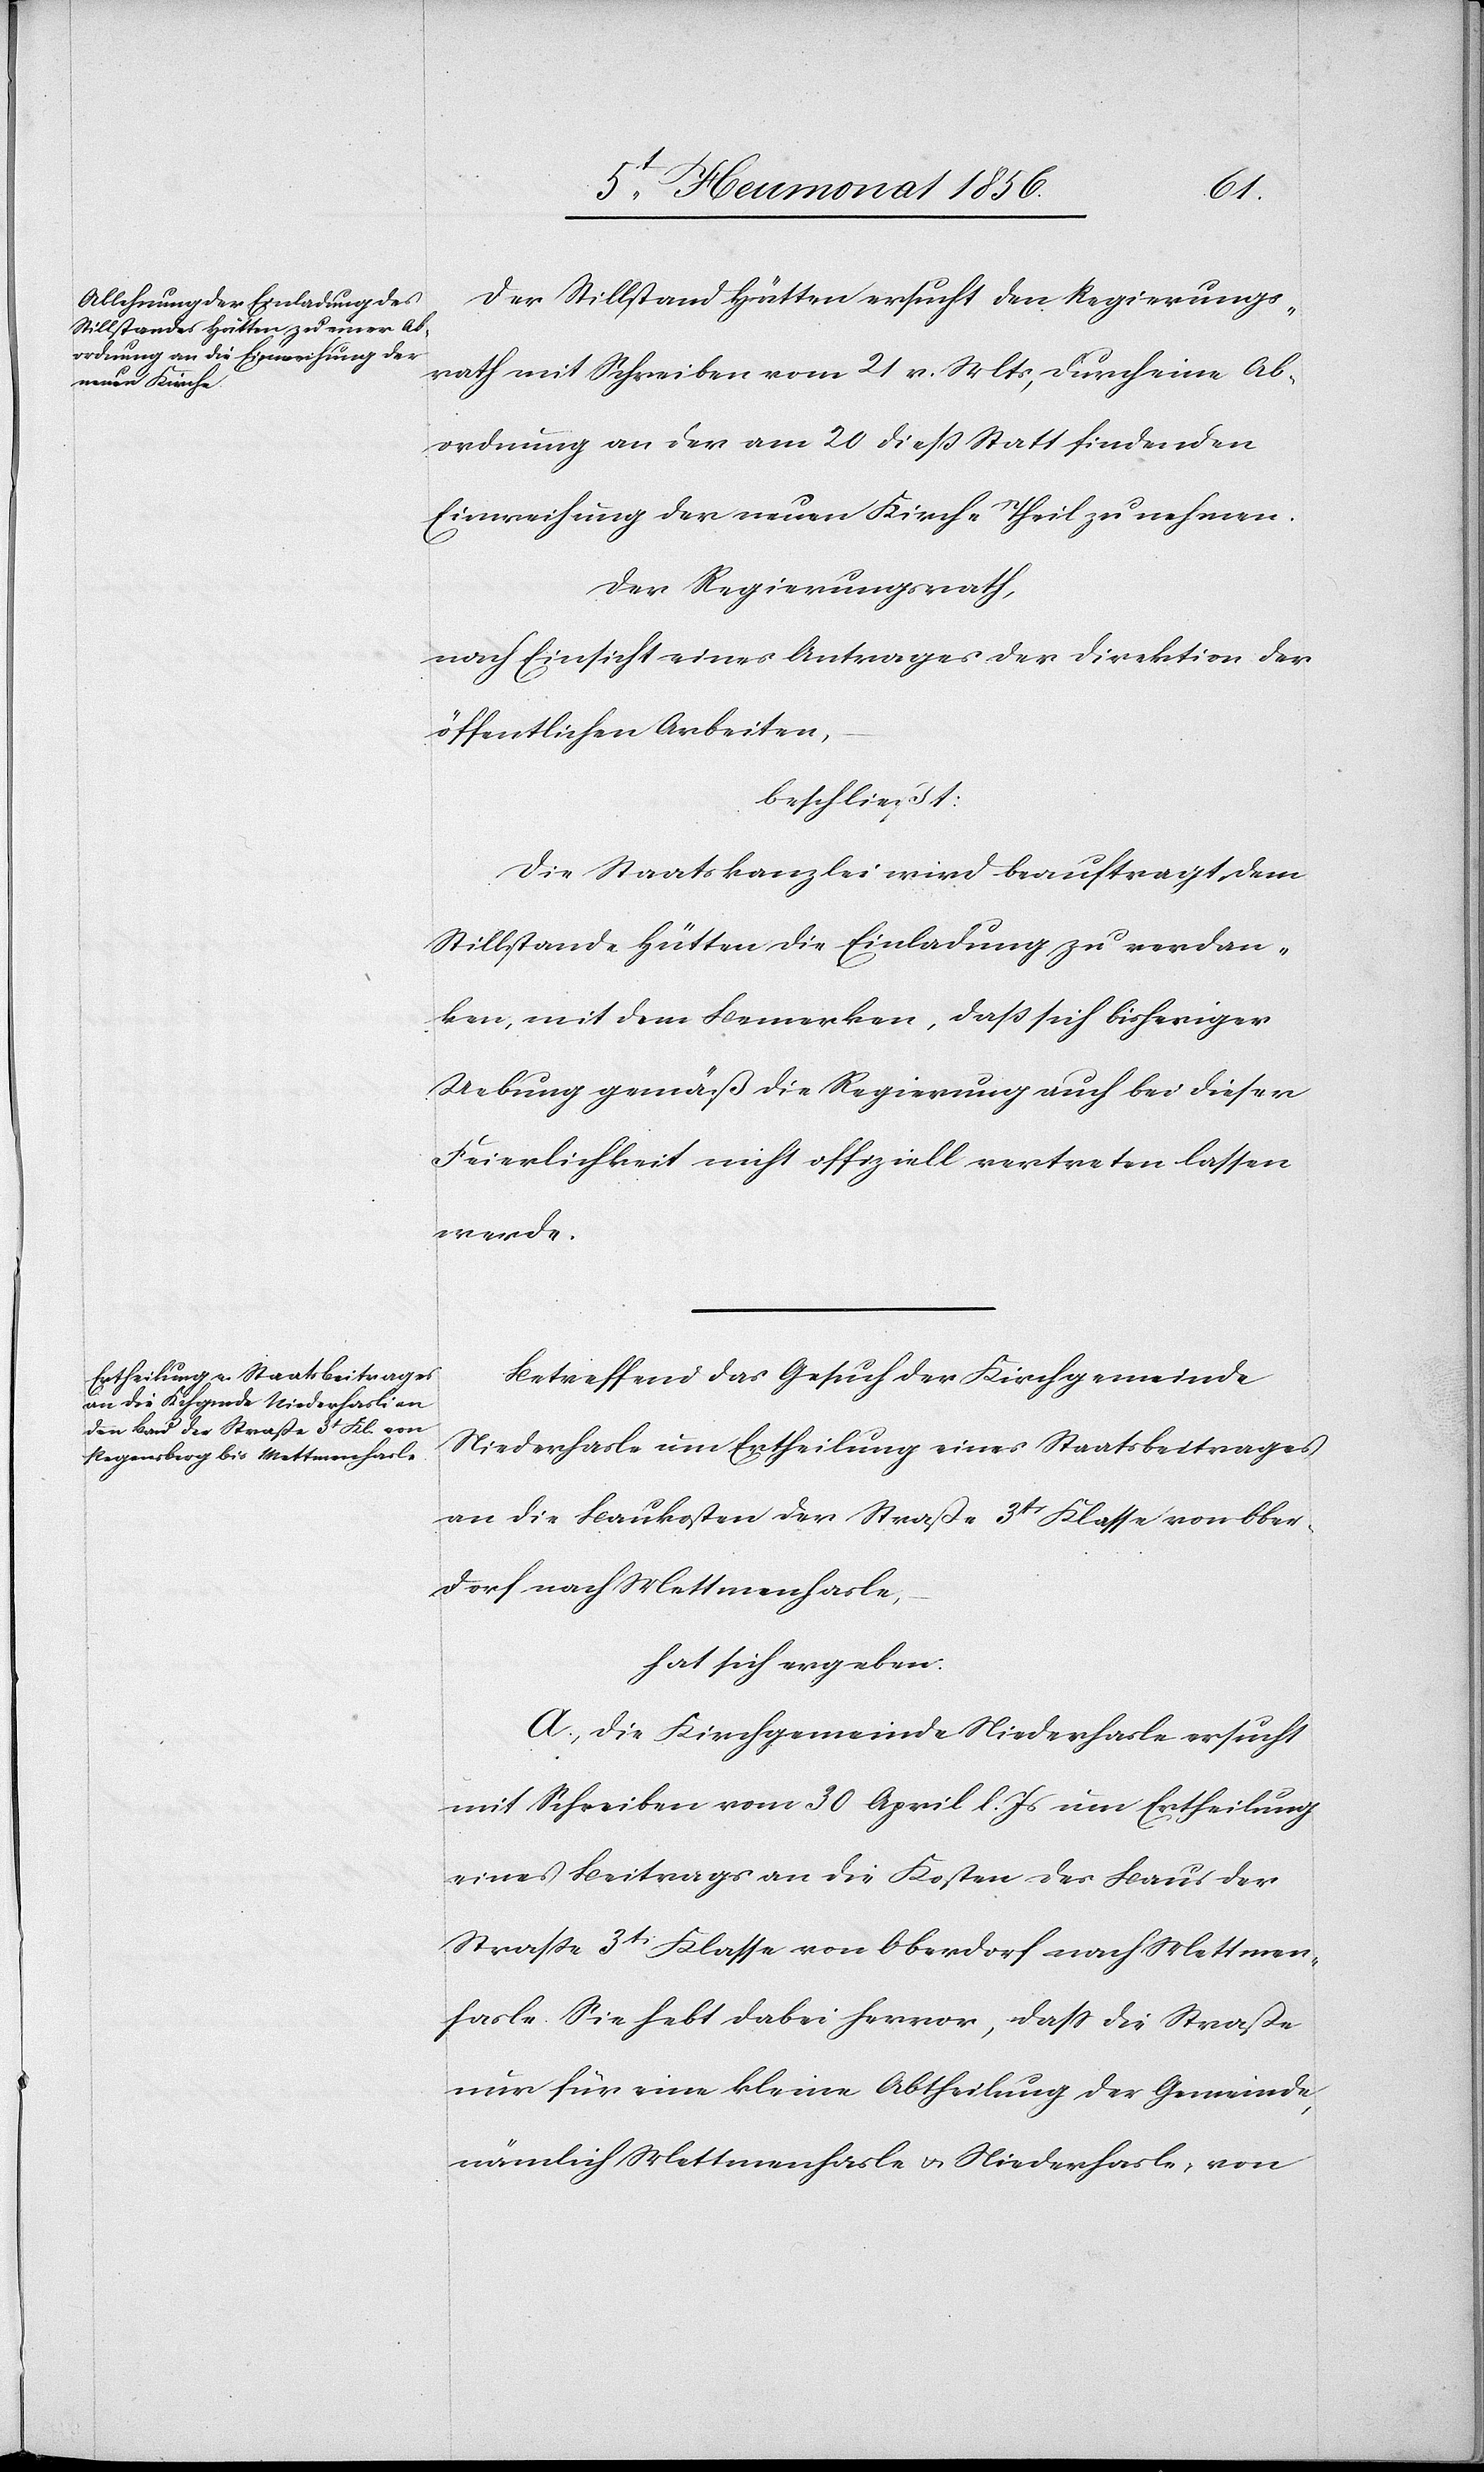
Der Stillstand Hütten ersucht den Regierungs¬
rath mit Schreiben vom 21 v. Mts, durch eine Ab¬
ordnung an der am 20 dieß Statt findenden
Einweihung der neuen Kirche Theil zu nehmen.
Der Regierungsrath,
nach Einsicht eines Antrages der Direktion der
öffentlichen Arbeiten,
beschließt:
Die Staatskanzlei wird beauftragt dem
Stillstande Hütten die Einladung zu verdan¬
ken, mit dem Bemerken, dass sich bisheriger
Uebung gemäß die Regierung auch bei dieser
Feierlichkeit nicht offiziell vertreten lassen
werde.
Betreffend das Gesuch der Kirchgemeinde
Niederhasle [sic!] um Ertheilung eines Staatsbeitrages
an die Baukosten der Straße 3tr Klasse von Ober¬
dorf nach Mettmenhasle,
hat sich ergeben:
A., Die Kirchgemeinde Niederhasle ersucht
mit Schreiben vom 30 April l. Js um Ertheilung
eines Beitrages an die Kosten des Baus der
Strasse 3tr Klasse von Oberdorf nach Mettmen¬
hasle. Sie hebt dabei hervor, dass die Straße
nur für eine kleine Abtheilung der Gemeinde,
nämlich Mettmenhasle u. Niederhasle, von